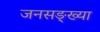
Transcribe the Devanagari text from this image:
जनसङ्ख्या